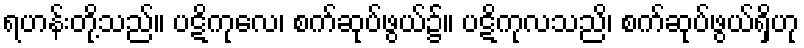
ရဟန်းတို့သည်။ ပဋိကုလေ၊ စက်ဆုပ်ဖွယ်၌။ ပဋိကုလသညိ၊ စက်ဆုပ်ဖွယ်ရှိဟု